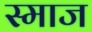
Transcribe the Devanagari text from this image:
स्माज